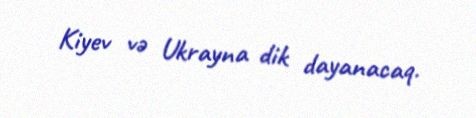
Kiyev və Ukrayna dik dayanacaq.